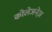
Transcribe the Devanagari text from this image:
कोलेजनेज़